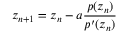
z _ { n + 1 } = z _ { n } - a { \frac { p ( z _ { n } ) } { p ^ { \prime } ( z _ { n } ) } }